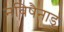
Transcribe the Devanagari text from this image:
नविषैनाडु